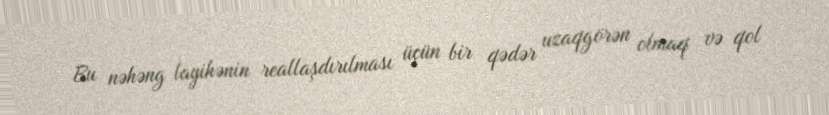
Bu nəhəng layihənin reallaşdırılması üçün bir qədər uzaqgörən olmaq və qol